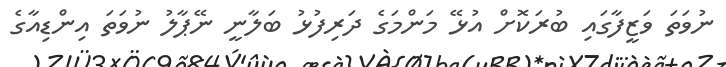
ނުވަތަ ވަޒީފާގައި ބުރަކޮށް އުޅޭ މަންމަގެ ދަރިފުޅު ބަލާނީ ނޭޕާލު ނުވަތަ އިންޑިއާގެ